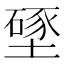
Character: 𱗵